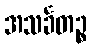
အသင်္ခတဉ္စ